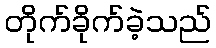
တိုက်ခိုက်ခဲ့သည်